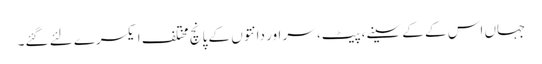
جہاں اس کے کے سینے،پیٹ، سر اور دانتوں‌ کے پانچ مختلف ایکسرے لئے گئے۔